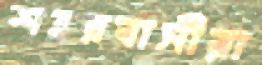
শহরবাসীরা